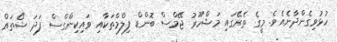
ހުޅުވިގެންދާނެއެވެ. މީގެ ތެރޭގައި މަޝްހޫރު ޖޭމްސް ބޮންޑް ފިލްމްތަކާއި ވައިކިންގްސް ފަދަ ޝޯތައް